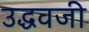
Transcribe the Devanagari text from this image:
उद्धवजी